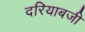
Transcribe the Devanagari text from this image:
दरियाबजी